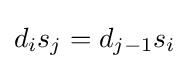
d_{i}s_{j}=d_{j-1}s_{i}